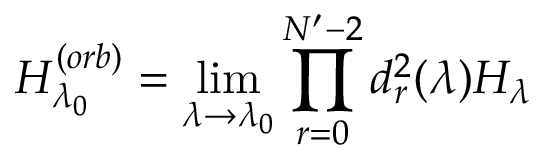
H _ { \lambda _ { 0 } } ^ { ( o r b ) } = \operatorname * { l i m } _ { \lambda \rightarrow \lambda _ { 0 } } \prod _ { r = 0 } ^ { N ^ { \prime } - 2 } d _ { r } ^ { 2 } ( \lambda ) H _ { \lambda }